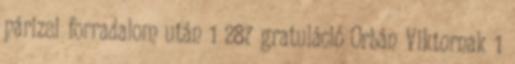
párizsi forradalom után 1 287 gratuláció Orbán Viktornak 1